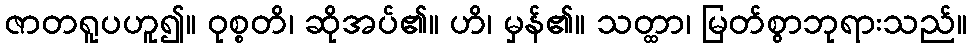
ဇာတရူပဟူ၍။ ဝုစ္စတိ၊ ဆိုအပ်၏။ ဟိ၊ မှန်၏။ သတ္ထာ၊ မြတ်စွာဘုရားသည်။